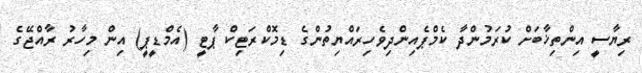
ރިޔާސީ އިންތިޚާބަށް ކުރަމުންދާ ކެމްޕެއިންދިވެހިރައްޔިތުންގެ ޑިމޮކްރަޓިކް ޕާޓީ (އެމްޑީޕީ) އިން މިހާރު ރާއްޖޭގެ